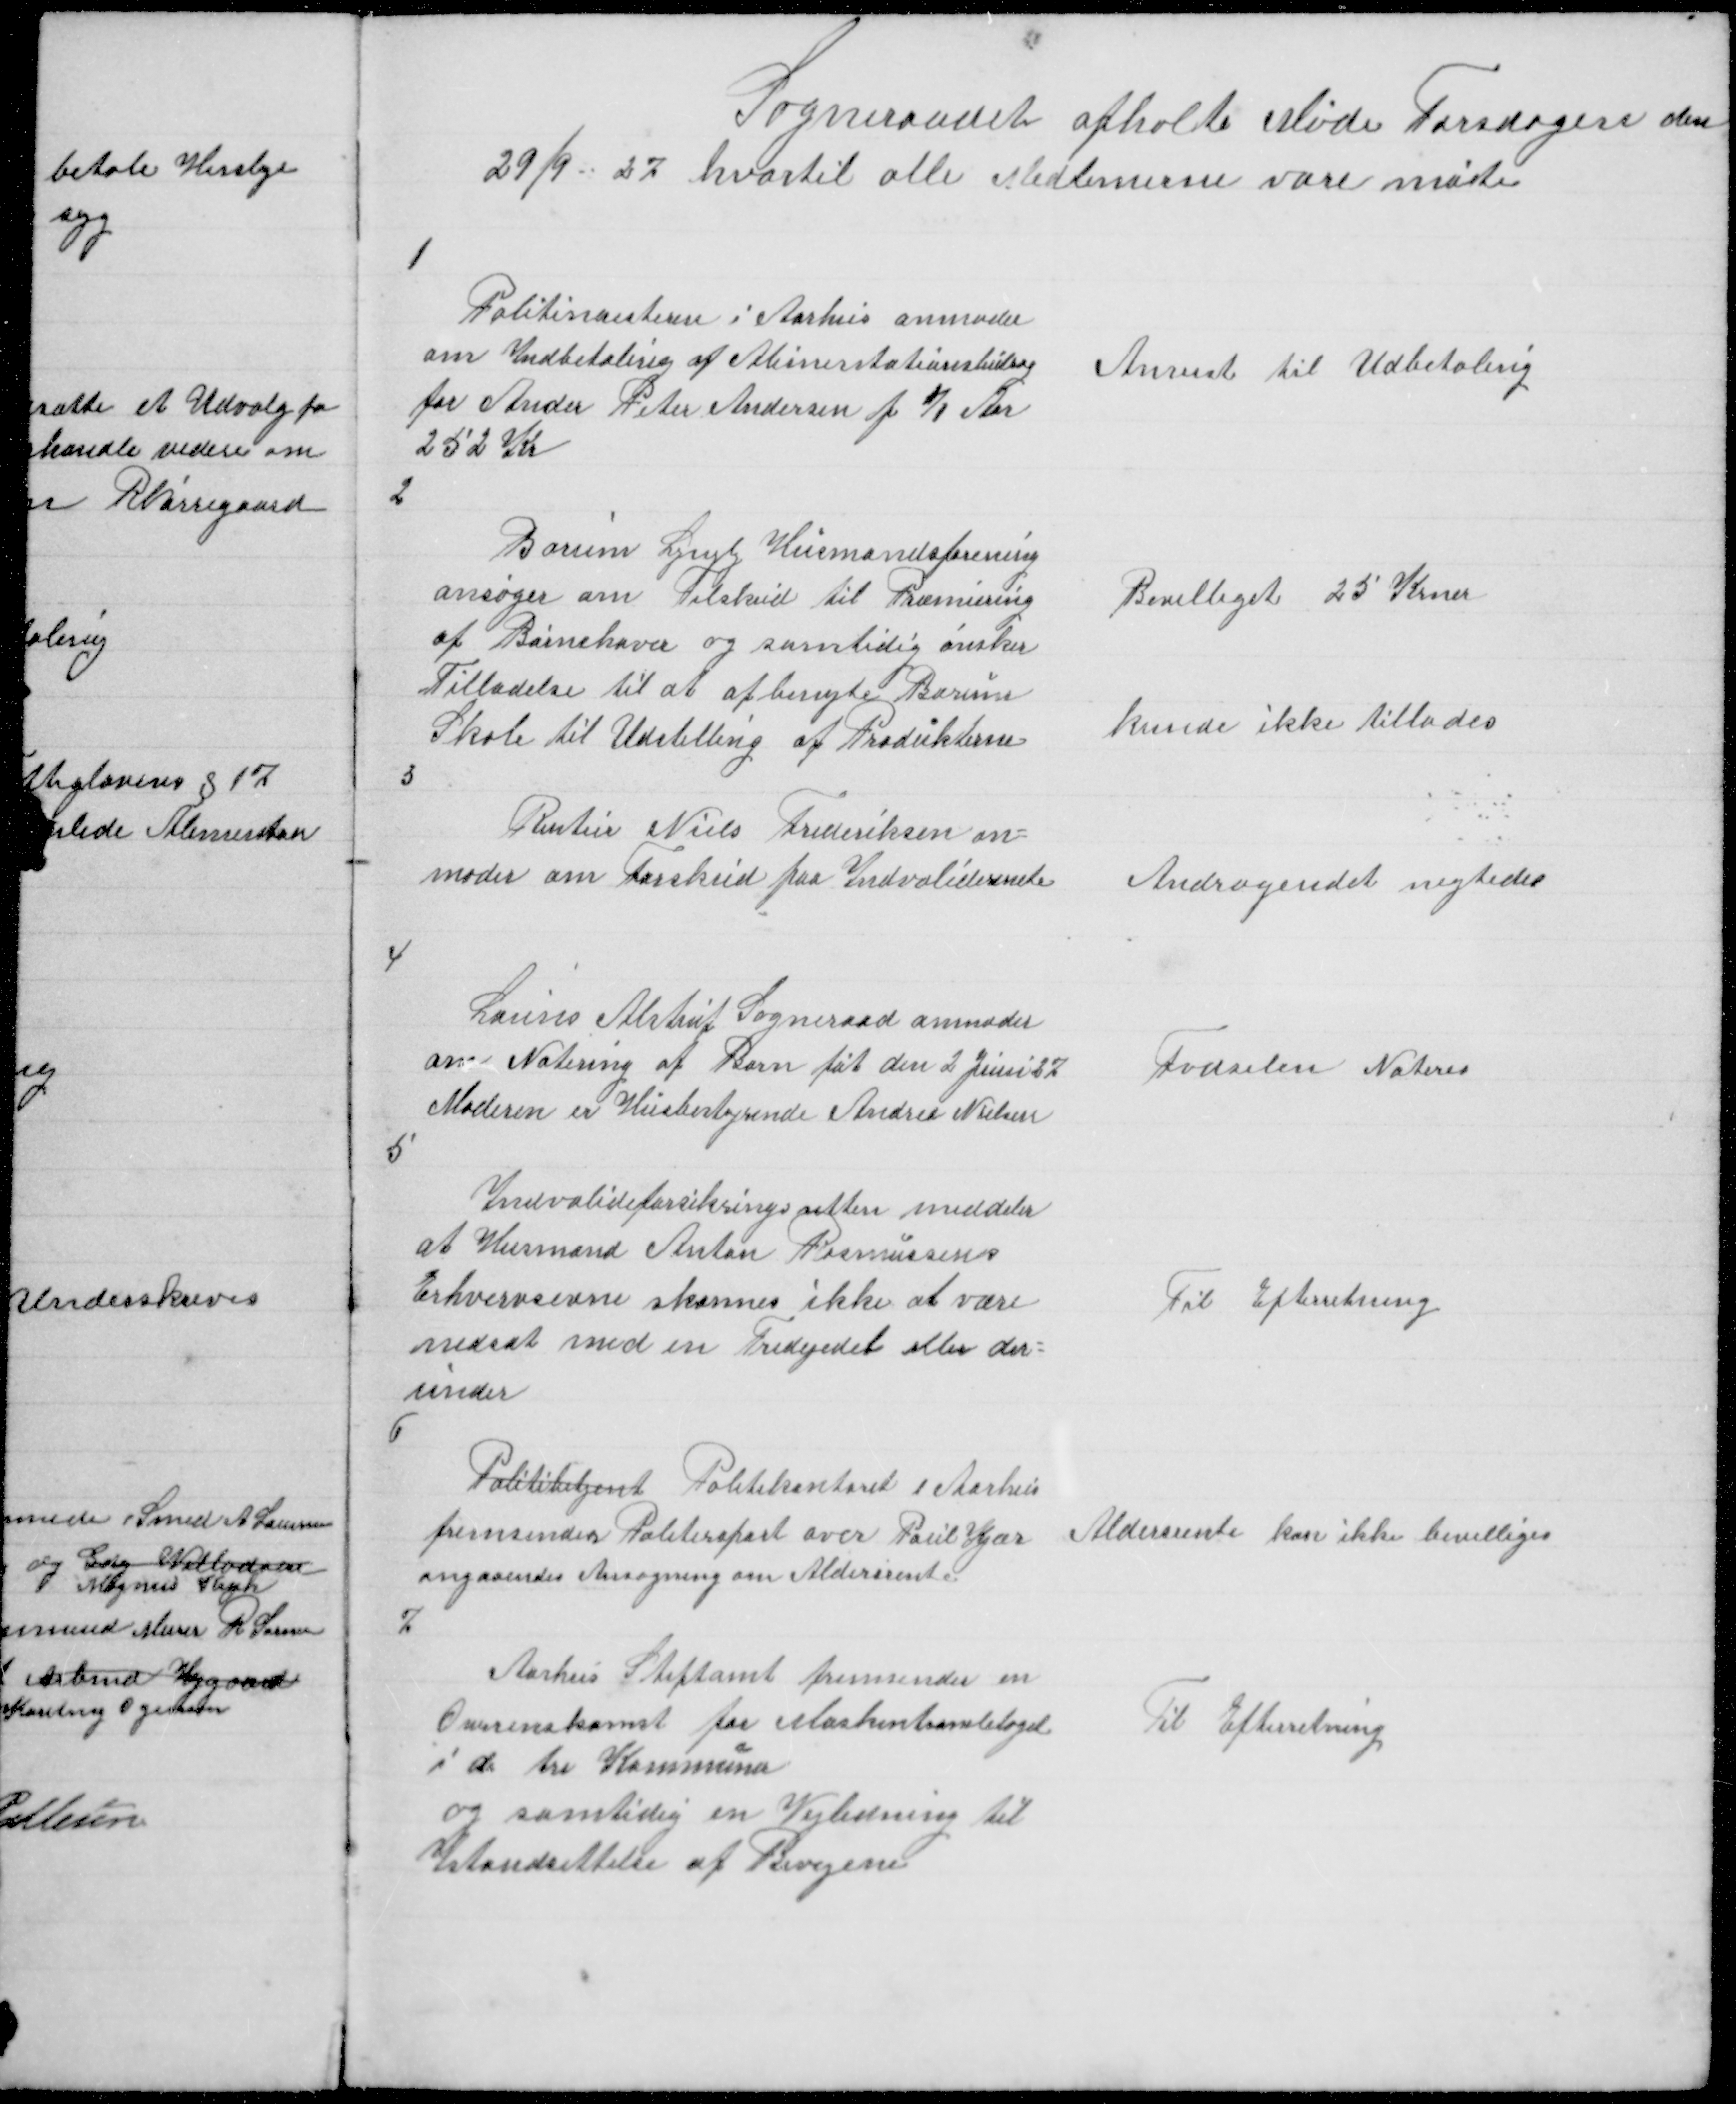
Transskription:
Sogneraadet afholte Møde Torsdagen den
29/9 27  hvortil alle Medlemerne vare møte

1

Politimesteren i Aarhus anmoder
om Indbetaling af Alimentationsbidrag
for Ander Peter Andersen f ½ Aar
252 Kr
2

Anvist til Udbetaling

Borum Lyngby Husmandsforening
ansøger om Tilskud til Præmiering
af Børnehaver og samtidig ønskes
Tilladelse til at afbenyte Borums
Skole til Udstilling af Produkterne
3

Bevilliget 25 Krner

kunde ikke tillades

Rentier Niels Frederiksen an =
moder om Forskud paa Indvaliderente

Andragendet negtedes

4

Launs Alstrup Sogneraad anmoder
om Notering af Barn føt den 2 Juni 27
Moderen er Husbestyrinde Andrea Nielsen

Fødselen Noteres

5

Indvalideforsikringsretten meddeler
at Husmand Anton Rasmussens
Erhvervsevne skønnes ikke at være
nedsat med en Tredejedel eller der =
under

Til Efterretning

6

Politibetjent Politikontoret i Aarhus
fremsender Politireferat over Poul Kjær
angaaendes Ansøgning om Aldersrente
7

Aldersrente kan ikke bevilliges

Aarhus Stiftamt fremsender en
Overenskomst for Maskintromletoget
i de tre Kommuner
og samtidig en Vejledning til
Istandsettelse af Bivejene

Til Efterretning